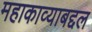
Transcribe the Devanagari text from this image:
महाकाव्याबद्दल